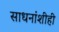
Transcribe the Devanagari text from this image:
साधनांशीही